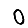
Digit: 0